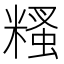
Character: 糔